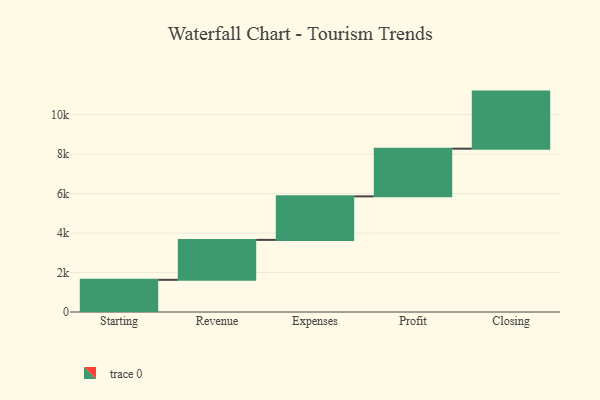
{"axis": {"x": "Step", "y": "Value"}, "legend": [""], "data": [{"x": "Starting", "y": 1631.0, "type": ""}, {"x": "Revenue", "y": 2025.0, "type": ""}, {"x": "Expenses", "y": 2206.0, "type": ""}, {"x": "Profit", "y": 2418.0, "type": ""}, {"x": "Closing", "y": 2893.0, "type": ""}]}